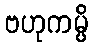
ဗဟုကမ္ပိ